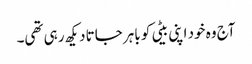
آج وہ خود اپنی بیٹی کو باہر جاتا دیکھ رہی تھی۔